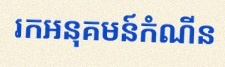
រកអនុគមន៍កំណើន